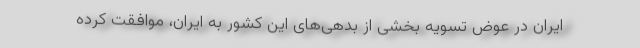
ایران در عوض تسویه بخشی از بدهی‌های این کشور به ایران، موافقت کرده